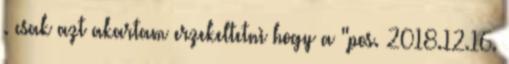
. csak azt akartam erzekeltetni hogy a "pos. 2018.12.16.